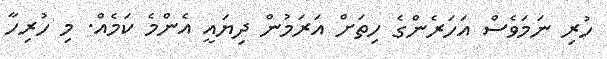
ހުރި ނަމަވެސް އަހަރެންގެ ހިތަށް އަރަމުން ދިޔައީ އެންމެ ކަމެއް. މި ހުރިހާ